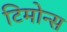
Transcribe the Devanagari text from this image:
टिमोन्स